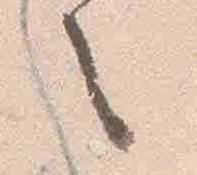
之